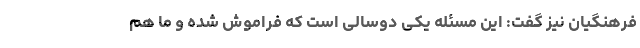
فرهنگیان نیز گفت: این مسئله یکی دوسالی است که فراموش شده و ما هم